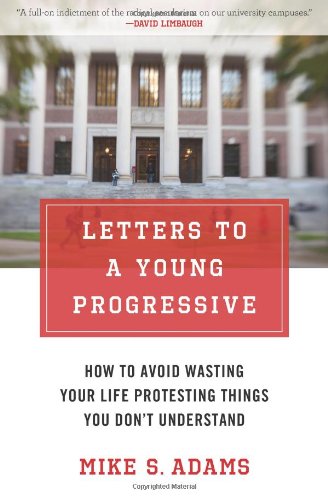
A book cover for Letters to a Young Progressive: How to Avoid Wasting Your Life Protesting Things You DonEEt Understand; Mike S. Adams; Literature & Fiction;